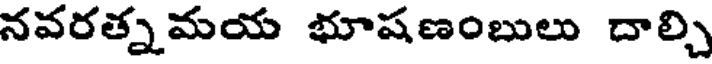
నవరత్నమయ భూషణంబులు దాల్చి